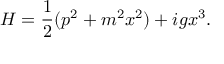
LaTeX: H = { \frac { 1 } { 2 } } ( p ^ { 2 } + m ^ { 2 } x ^ { 2 } ) + i g x ^ { 3 } .